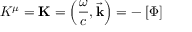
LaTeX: K ^ { \mu } = \mathbf { K } = \left( { \frac { \omega } { c } } , { \vec { \mathbf { k } } } \right) = - \mathbf { \partial } [ \Phi ]